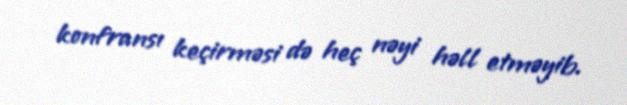
konfransı keçirməsi də heç nəyi həll etməyib.